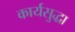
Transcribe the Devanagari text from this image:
कार्यसुद्धा